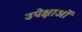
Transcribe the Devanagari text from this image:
उपेक्षाअों